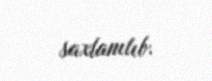
saxlanılıb.